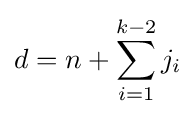
d=n+\sum _{i=1}^{k-2}j_{i}